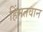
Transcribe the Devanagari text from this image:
हिंमतवान